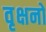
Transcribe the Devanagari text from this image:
वृक्षनो